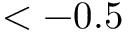
< - 0 . 5